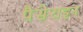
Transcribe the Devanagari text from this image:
पैसेराइन